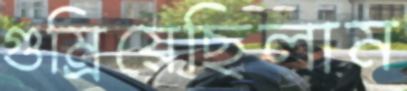
গুম্‌রিয়েছিলাম